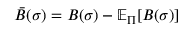
\Bar { B } ( \sigma ) = B ( \sigma ) - \mathbb { E } _ { \Pi } [ B ( \sigma ) ]